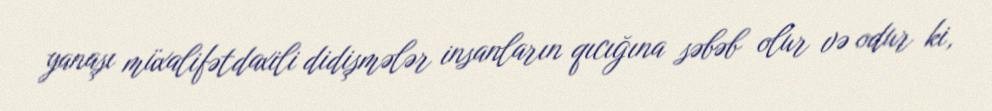
yanaşı müxalifətdaxili didişmələr insanların qıcığına səbəb olur və odur ki,